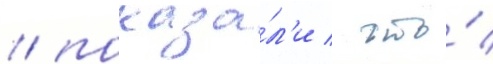
/ показа́л'и / что́